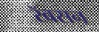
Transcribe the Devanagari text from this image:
रॅबसन